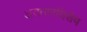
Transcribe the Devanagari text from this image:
अवतारविशेष